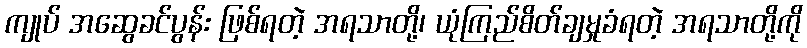
ကျုပ် အဆွေခင်ပွန်း ဖြစ်ရတဲ့ အရသာတို့၊ ယုံကြည်စိတ်ချမှုခံရတဲ့ အရသာတို့ကို